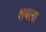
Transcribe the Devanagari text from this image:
शबला